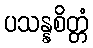
ပသန္နစိတ္တံ